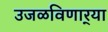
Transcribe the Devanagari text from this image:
उजळविणार्‍या